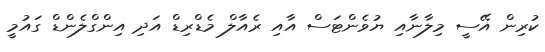
ކުރިން އޭސީ މިލާނާއި ޔުވެންޓަސް އާއި ރެއާލް މެޑްރިޑް އަދި އިންގްލެންޑް ގައުމީ